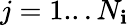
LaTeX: j=1...N_{\mathbf{i}}